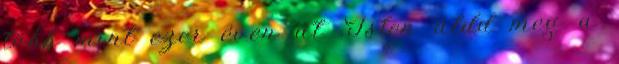
több mint ezer éven át .Isten áldd meg a